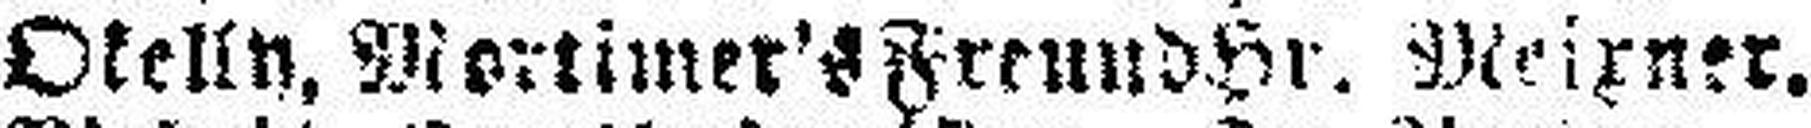
Okelin, Mortimer's Frennd Hr. Meixner.